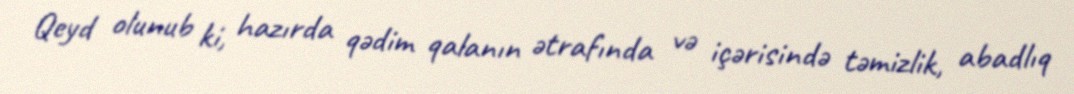
Qeyd olunub ki, hazırda qədim qalanın ətrafında və içərisində təmizlik, abadlıq